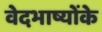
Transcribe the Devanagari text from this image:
वेदभाष्योंके